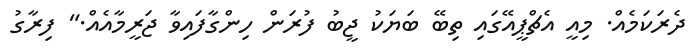
ދެރަކަމެއް. މިއީ އެޗްޕީއޭގައި ތިބޭ ބަޔަކު ޖީބު ފުރަން ހިންގާފައިވާ ޖަރީމާއެއް." ފިރާގު